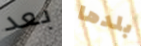
بعد بلدها